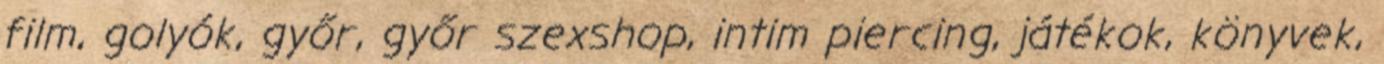
film, golyók, győr, győr szexshop, intim piercing, játékok, könyvek,